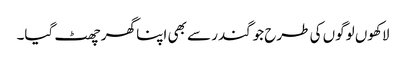
لاکھوں لوگوں کی طرح جوگندر سے بھی اپنا گھر چھٹ گیا۔